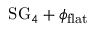
\mathrm { S G } _ { 4 } + \phi _ { \mathrm { f l a t } }